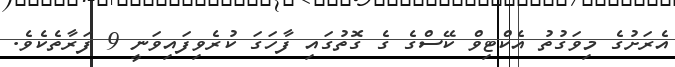
އެރަށުގެ މިވަގުތު އެކްޓިވް ކޭސްގެ ގެ ގޮތުގައި ފާހަގަ ކުރެވިފައިވަނީ 9 ފަރާތެކެވެ.